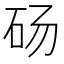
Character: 砀